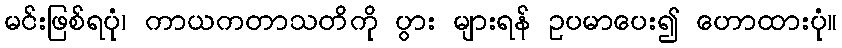
မင်းဖြစ်ရပုံ၊ ကာယကတာသတိကို ပွား များရန် ဥပမာပေး၍ ဟောထားပုံ။